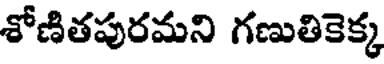
శోణితపురమని గణుతికెక్క